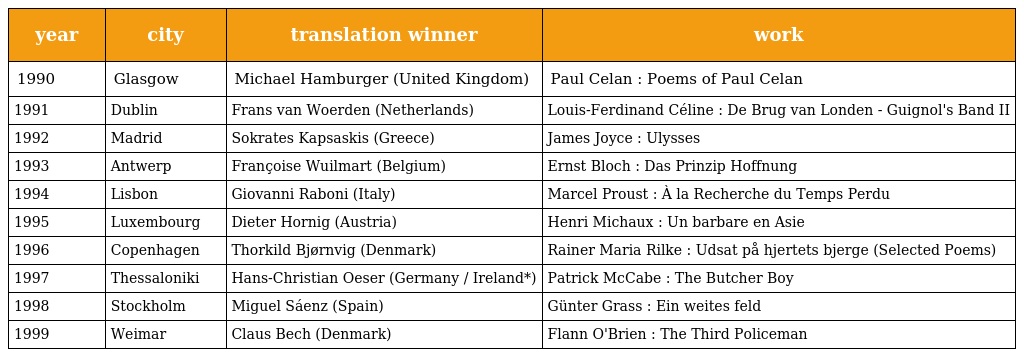
| year | city | translation winner | work |
 | --- | --- | --- | --- |
 | 1990 | Glasgow | Michael Hamburger (United Kingdom) | Paul Celan : Poems of Paul Celan |
 | 1991 | Dublin | Frans van Woerden (Netherlands) | Louis-Ferdinand Céline : De Brug van Londen - Guignol's Band II |
 | 1992 | Madrid | Sokrates Kapsaskis (Greece) | James Joyce : Ulysses |
 | 1993 | Antwerp | Françoise Wuilmart (Belgium) | Ernst Bloch : Das Prinzip Hoffnung |
 | 1994 | Lisbon | Giovanni Raboni (Italy) | Marcel Proust : À la Recherche du Temps Perdu |
 | 1995 | Luxembourg | Dieter Hornig (Austria) | Henri Michaux : Un barbare en Asie |
 | 1996 | Copenhagen | Thorkild Bjørnvig (Denmark) | Rainer Maria Rilke : Udsat på hjertets bjerge (Selected Poems) |
 | 1997 | Thessaloniki | Hans-Christian Oeser (Germany / Ireland*) | Patrick McCabe : The Butcher Boy |
 | 1998 | Stockholm | Miguel Sáenz (Spain) | Günter Grass : Ein weites feld |
 | 1999 | Weimar | Claus Bech (Denmark) | Flann O'Brien : The Third Policeman |